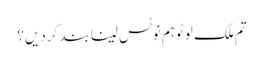
تم ملک لوٹو ہم نوٹس لینا بند کردیں؟